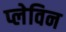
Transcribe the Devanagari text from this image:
प्लेविन